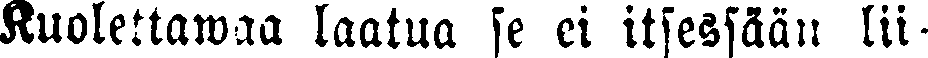
Kuolettawaa laatua se ei itsessään lii-